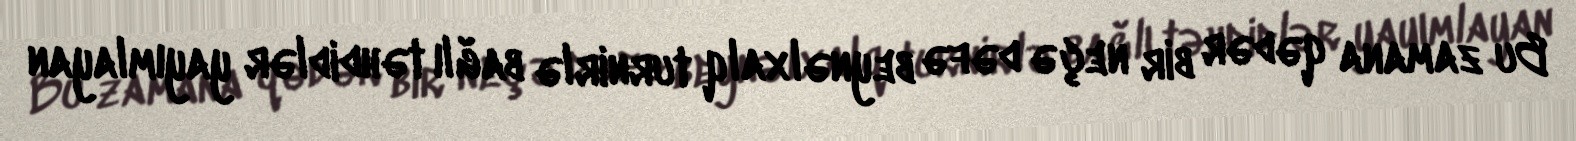
Bu zamana qədər bir neçə dəfə beynəlxalq turnirlə bağlı təhdidlər yayımlayan